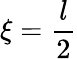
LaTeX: \xi=\frac l2